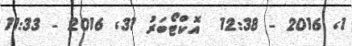
1